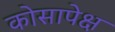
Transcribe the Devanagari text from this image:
कोसापेक्ष